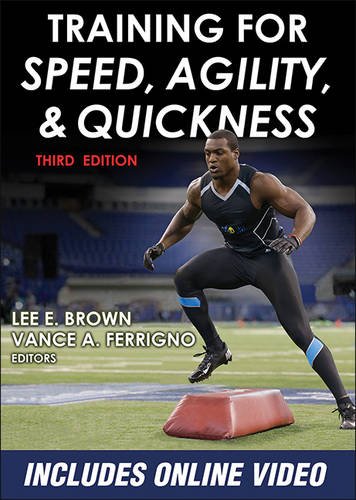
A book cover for Training for Speed, Agility, and Quickness-3rd Edition; Health, Fitness & Dieting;